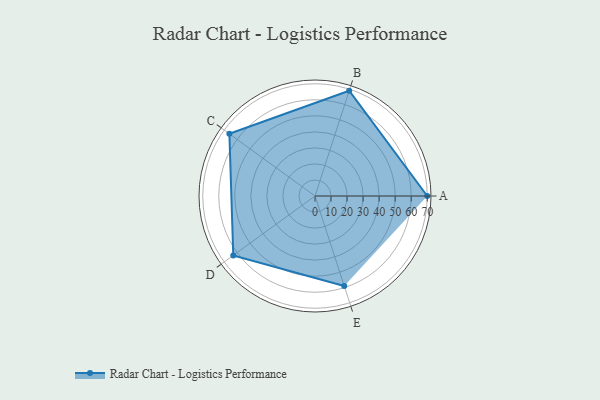
{"axis": {"x": "Skill", "y": "Score"}, "legend": ["Profile"], "data": [{"x": "A", "y": 70.0, "type": "Profile"}, {"x": "B", "y": 69.0, "type": "Profile"}, {"x": "C", "y": 66.0, "type": "Profile"}, {"x": "D", "y": 63.0, "type": "Profile"}, {"x": "E", "y": 59.0, "type": "Profile"}]}